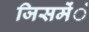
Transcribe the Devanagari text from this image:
जिसमेंंं